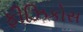
ફીઝિકોસ